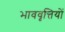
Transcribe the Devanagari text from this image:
भाववृत्तियों